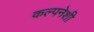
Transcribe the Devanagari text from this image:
कल्पनेशी